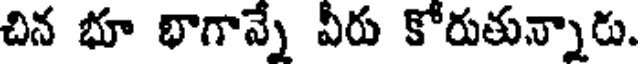
చిన భూ భాగాన్నే వీరు కోరుతున్నారు.